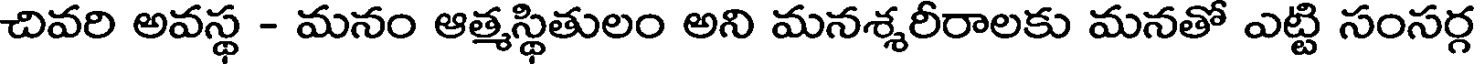
చివరి అవస్థ - మనం ఆత్మస్థితులం అని మనశ్శరీరాలకు మనతో ఎట్టి సంసర్గ